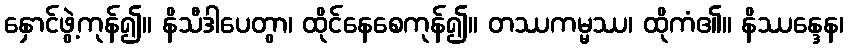
နှောင်ဖွဲ့ကုန်၍။ နိသီဒါပေတွာ၊ ထိုင်နေစေကုန်၍။ တဿကမ္မဿ၊ ထိုကံ၏။ နိဿန္ဒေန၊